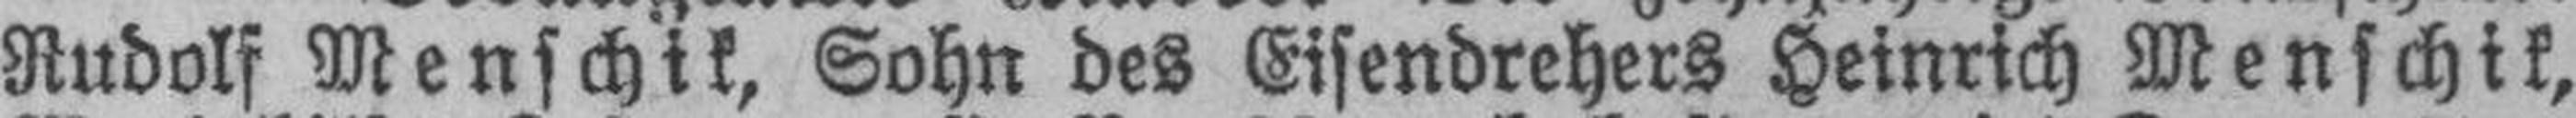
Rudolf Menschik, Sohn des Eisendrehers Heinrich Menschik,